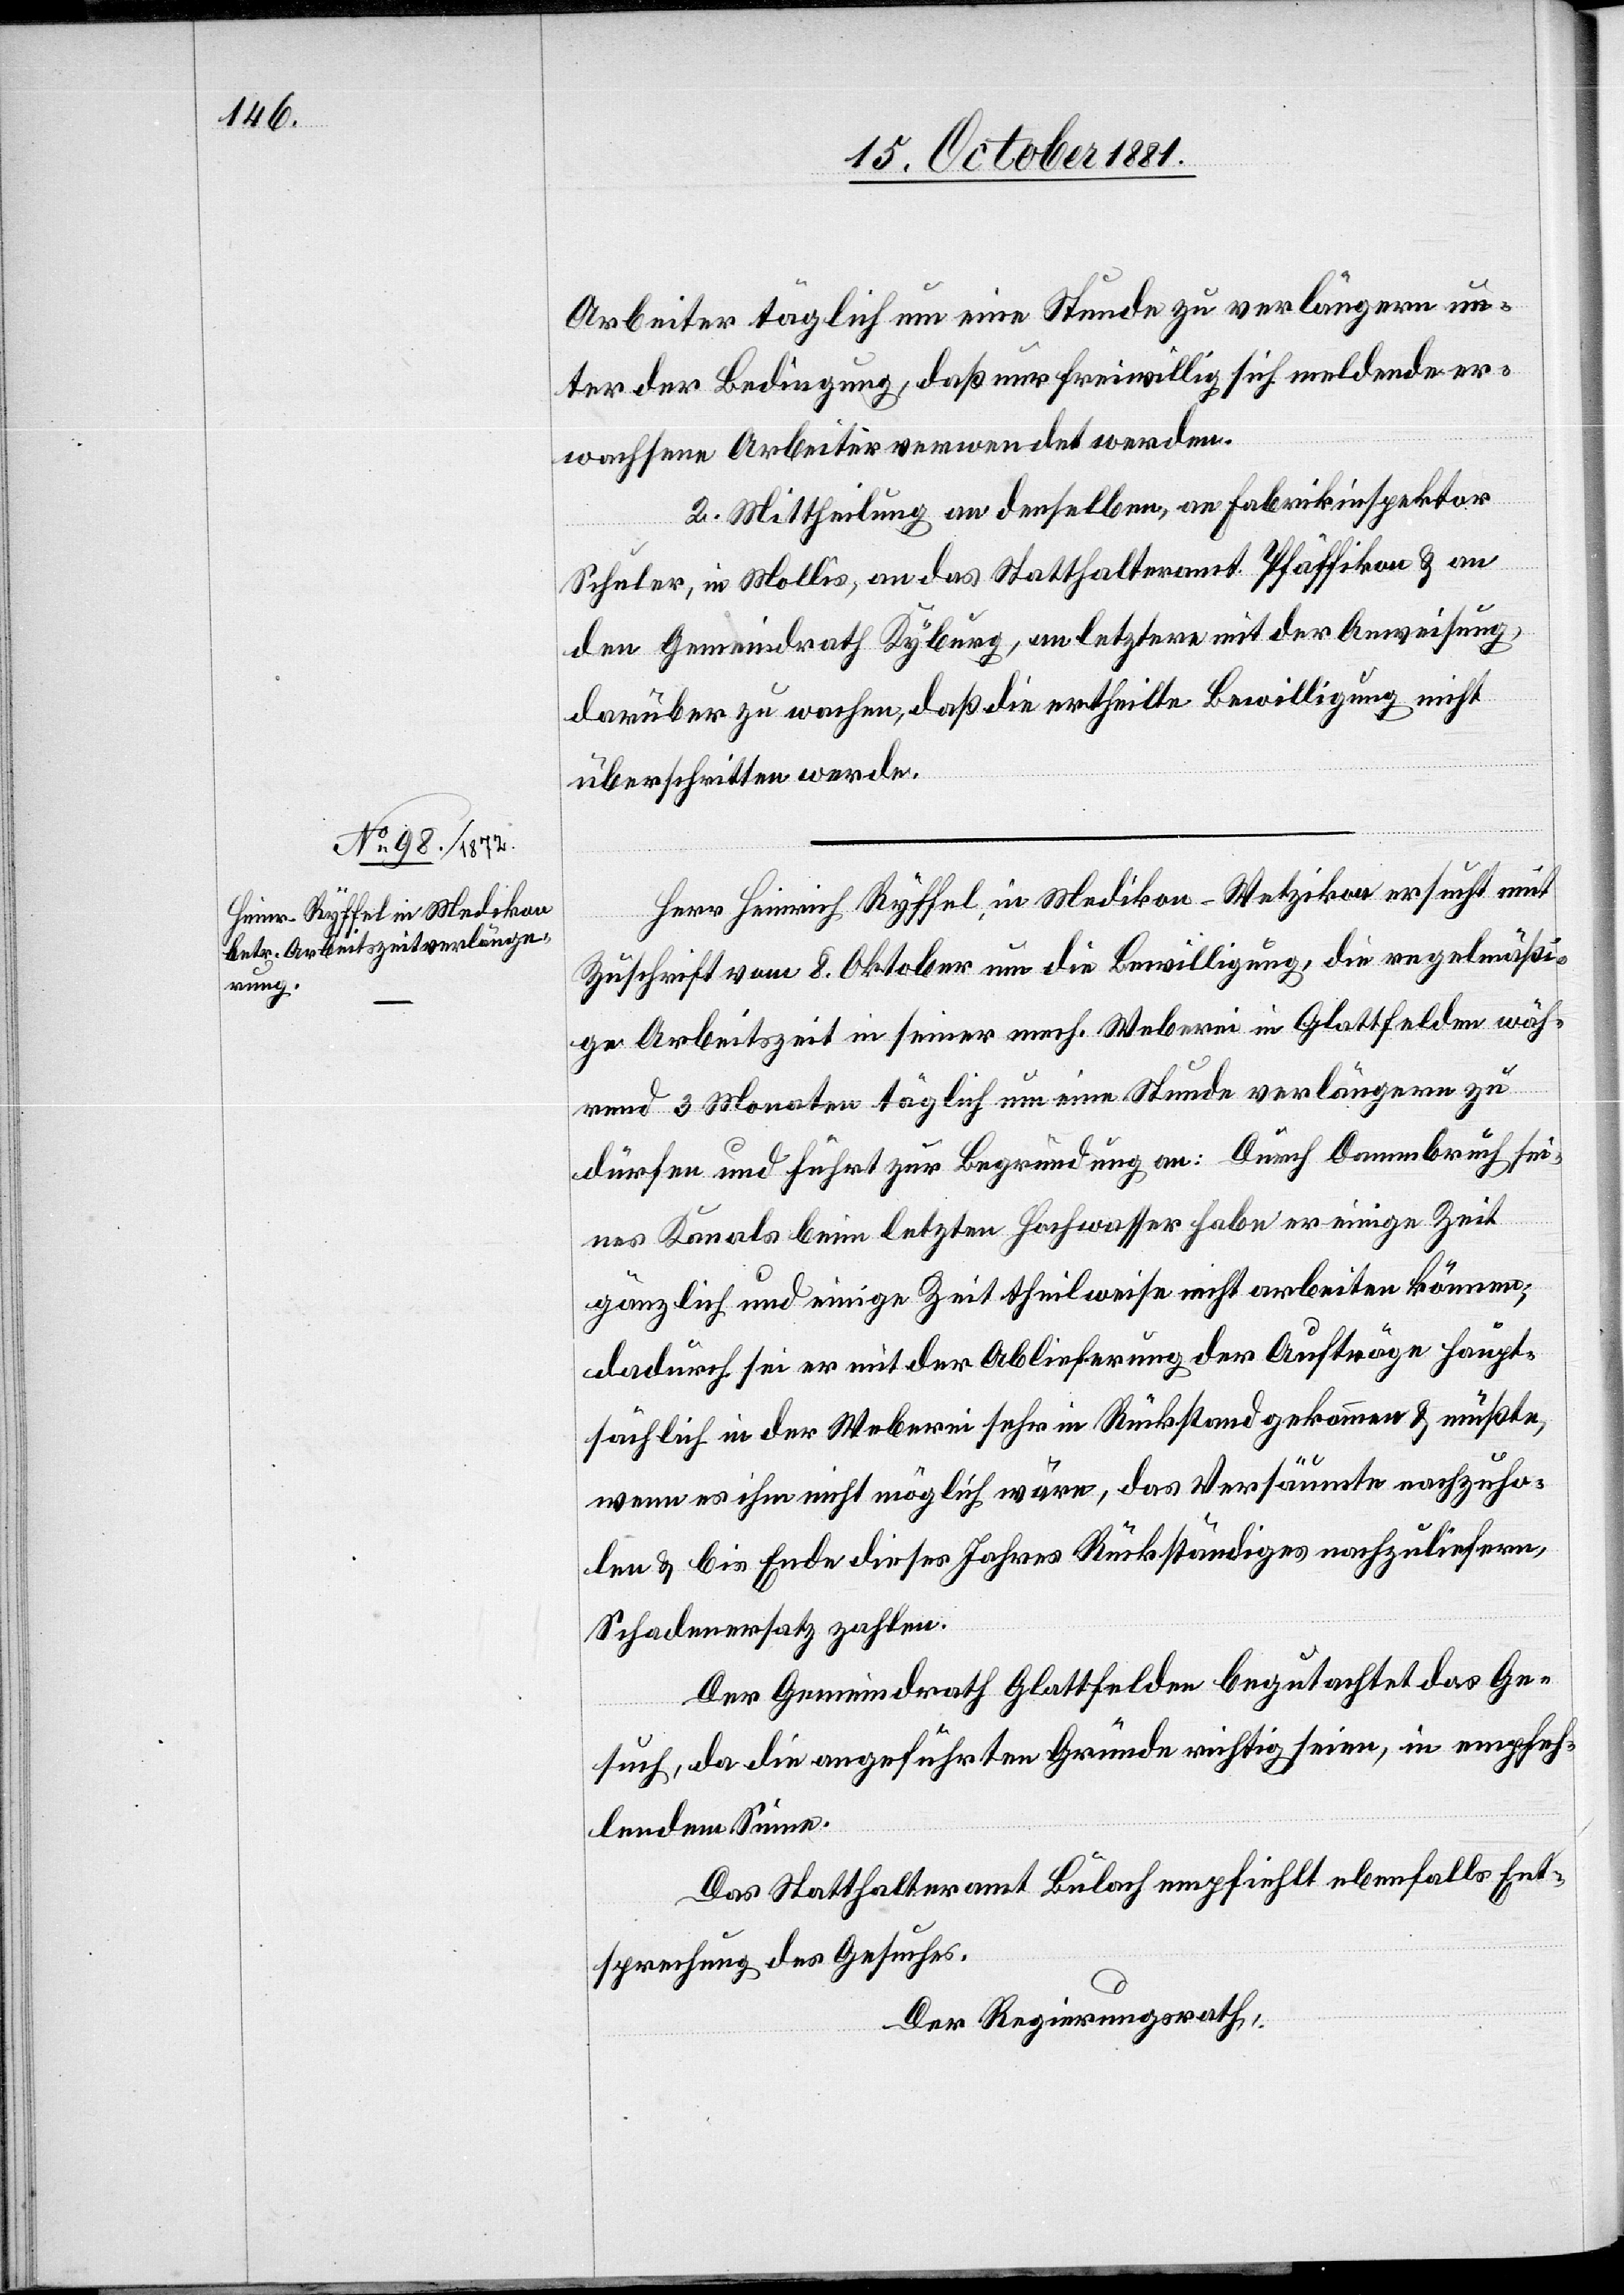
Arbeiter täglich um eine Stunde zu verlängern un¬
ter der Bedingung, daß nur freiwillig sich meldende er¬
wachsene Arbeiter verwendet werden.
2. Mittheilung an denselben, an Fabrikinspektor
Schuler, in Mollis, an das Statthalteramt Pfäffikon & an
den Gemeindrath Kyburg, an letztern mit der Anweisung,
darüber zu wachen, daß die ertheilte Bewilligung nicht
überschritten werde.
Herr Heinrich Ryffel in Medikon-Wetzikon ersucht mit
Zuschrift vom 8. Oktober um die Bewilligung, die regelmäßi¬
ge Arbeitszeit in seiner mech. Weberei in Glattfelden wäh¬
rend 3 Monaten täglich um eine Stunde verlängern zu
dürfen und führt zur Begründung an: Durch Dammbruch sei¬
nes Kanals beim letzten Hochwasser habe er einige Zeit
gänzlich und einige Zeit theilweise nicht arbeiten können,
dadurch sei er mit der Ablieferung der Aufträge haupt¬
sächlich in der Weberei sehr in Rückstand gekommen & müßte,
wenn es ihm nicht möglich wäre, das Versäumte nachzuho¬
len & bis Ende dieses Jahres Rückständiges nachzuliefern,
Schadenersatz zahlen.
Der Gemeindrath Glattfelden begutachtet das Ge¬
such, da die angeführten Gründe richtig seien, in empfeh¬
lendem Sinne.
Das Statthalteramt Bülach empfiehlt ebenfalls Ent¬
sprechung des Gesuches.
Der Regierungsrath,